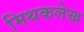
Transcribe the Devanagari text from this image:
मिथकलेख